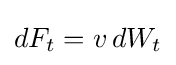
dF_{t}=v\,dW_{t}